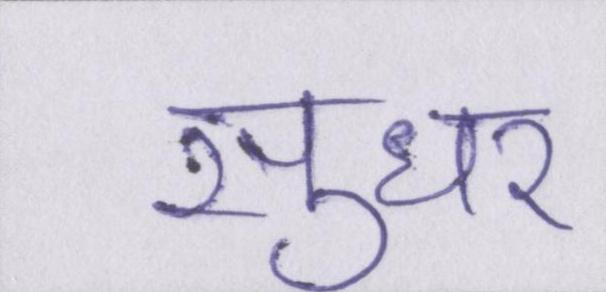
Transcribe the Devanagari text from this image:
सुधर